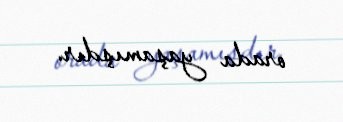
orada yaşamışdır.